Civil Veterinary Department. Madras. Admin. report 1926-33 - 1926-1933
Year: 1926
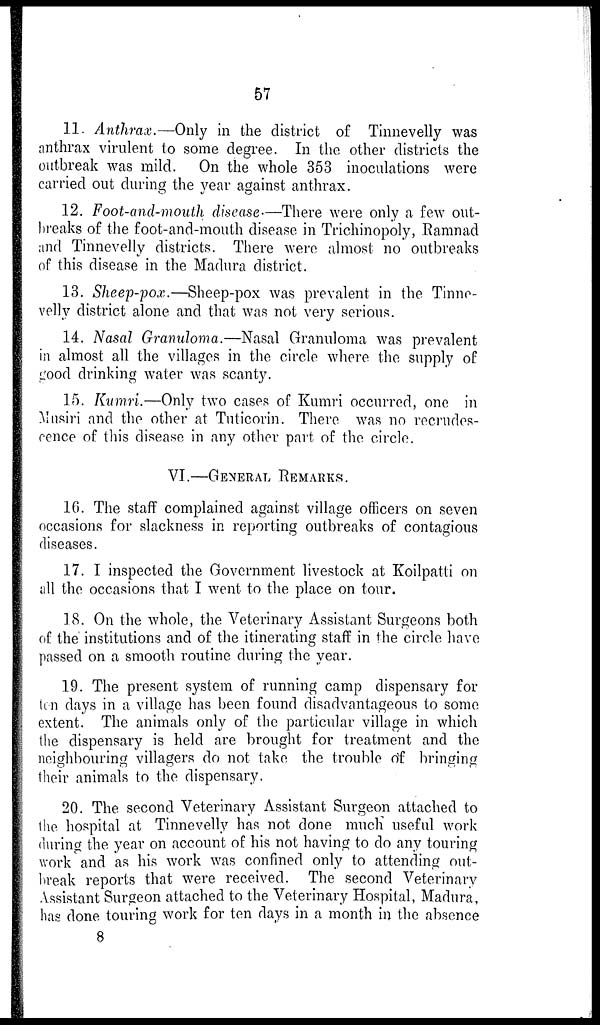
57
11. Anthrax.—Only in the district of Tinnevelly was
anthrax virulent to some degree. In the other districts the
outbreak was mild. On the whole 353 inoculations were
carried out during the year against anthrax.
12. Foot-and-mouth disease—There were only a few out-
breaks of the foot-and-mouth disease in Trichinopoly, Ramnad
and Tinnevelly districts. There were almost no outbreaks
of this disease in the Madura district.
13. Sheep-pox.—Sheep-pox was prevalent in the Tinne-
velly district alone and that was not very serious.
14. Nasal Granuloma.—Nasal Granuloma was prevalent
in almost all the villages in the circle where the supply of
good drinking water was scanty.
15. Kumri.—Only two cases of Kumri occurred, one in
Mnsiri and the other at Tuticorin. There was no recrudes-
cence of this disease in any other part of the circle.
VI.—GENERAL REMARKS.
16. The staff complained against village officers on seven
occasions for slackness in reporting outbreaks of contagious
diseases.
17. I inspected the Government livestock at Koilpatti on
all the occasions that I went to the place on tour.
18. On the whole, the Veterinary Assistant Surgeons both
of the institutions and of the itinerating staff in the circle have
passed on a smooth routine during the year.
19. The present system of running camp dispensary for
ten days in a village has been found disadvantageous to some
extent. The animals only of the particular village in which
the dispensary is held are brought for treatment and the
neighbouring villagers do not take the trouble of bringing
their animals to the dispensary.
20. The second Veterinary Assistant Surgeon attached to
the hospital at Tinnevelly has not done much useful work
during the year on account of his not having to do any touring
work and as his work was confined only to attending out-
break reports that were received. The second Veterinary
Assistant Surgeon attached to the Veterinary Hospital, Madura,
has done touring work for ten days in a month in the absence
8